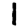
Digit: 1